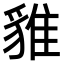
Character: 𧳞